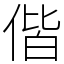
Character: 偕